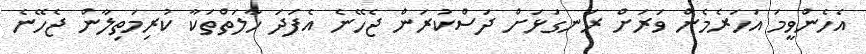
އެހެންވީމަ އަހަރެމެން ވަރަށް ރަނގަޅަށް ދަސްކުރަން ޖެހޭނެ އެފަދަ ހާލަތްތަކާ ކުރިމަތިލާން ޖެހޭނެ